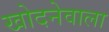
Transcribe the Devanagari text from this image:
खोदनेवाला